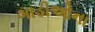
ગાડીઓના